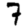
Digit: 7